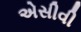
એસીવી